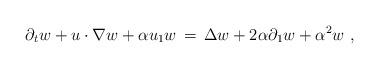
LaTeX: \begin{align*} \partial_t w + u\cdot\nabla w + \alpha u_1 w \,=\, \Delta w + 2\alpha \partial_1 w + \alpha^2 w~,\end{align*}